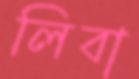
লিবা